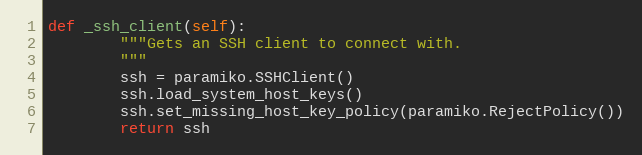
Language: Python
def _ssh_client(self):
        """Gets an SSH client to connect with.
        """
        ssh = paramiko.SSHClient()
        ssh.load_system_host_keys()
        ssh.set_missing_host_key_policy(paramiko.RejectPolicy())
        return ssh